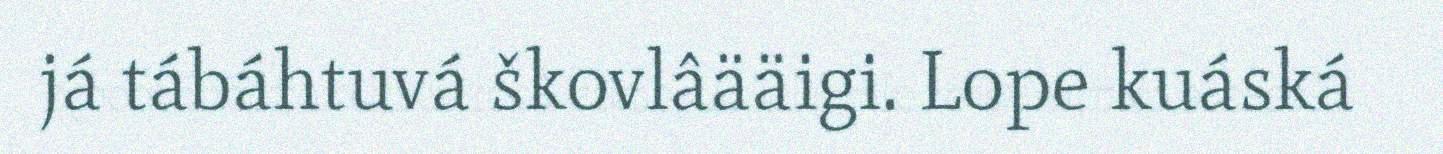
já tábáhtuvá škovlâääigi. Lope kuáská